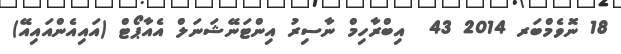
18 ނޮވެމްބަރ 2014 43  އިބްރާހިމް ނާސިރު އިންޓަނޭޝަނަލް އެއާޕޯޓް (އައިއެންއައިއޭ)